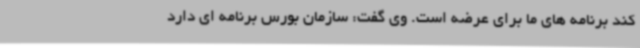
کند برنامه های ما برای عرضه است. وی گفت: سازمان بورس برنامه ای دارد